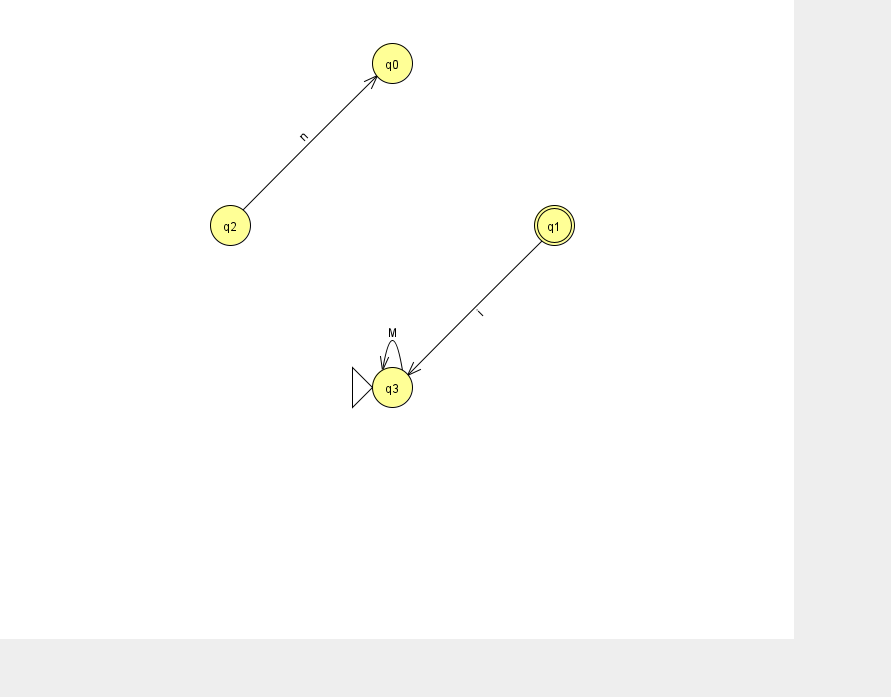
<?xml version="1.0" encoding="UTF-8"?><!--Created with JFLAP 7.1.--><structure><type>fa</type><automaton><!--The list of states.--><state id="0" name="q0"><x>392.0</x><y>50.0</y></state><state id="1" name="q1"><x>554.0</x><y>212.0</y><final/></state><state id="2" name="q2"><x>230.0</x><y>212.0</y></state><state id="3" name="q3"><x>392.0</x><y>374.0</y><initial/></state><!--The list of transitions.--><transition><from>1</from><to>3</to><read>i</read></transition><transition><from>2</from><to>0</to><read>n</read></transition><transition><from>3</from><to>3</to><read>M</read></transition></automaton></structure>